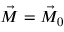
\vec { M } = \vec { M } _ { 0 }